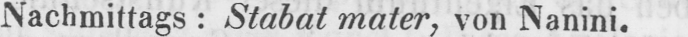
Nachmittags: Stabat mater, von Nanini.